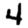
Digit: 4